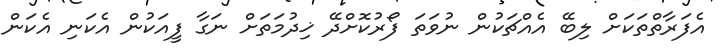
އެފަރާތްތަކަށް ލިބޭ އެއްޗަކުން ނުވަތަ ފޯރުކޮށްދޭ ޚިދުމަތަށް ނަގާ ފީއަކުން އެކަނި އެކަން